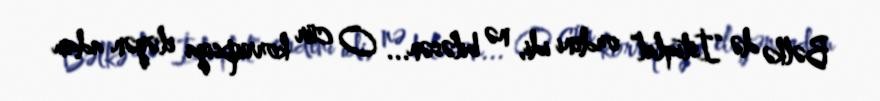
Bəlkə də “İstiqlal” ordeni idi, nə biləsən... O cür korrupsiya eləyən adam